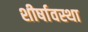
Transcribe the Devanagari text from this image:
शीर्षावस्था